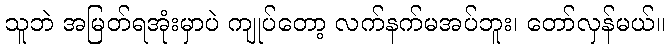
သူဘဲ အမြတ်ရအုံးမှာပဲ ကျုပ်တော့ လက်နက်မအပ်ဘူး၊ တော်လှန်မယ်။